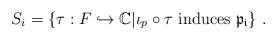
LaTeX: \begin{align*}S_i=\{\tau: F\hookrightarrow \mathbb{C}|\iota_p\circ\tau\ \mathrm{induces}\ \mathfrak{p_i}\}\ .\end{align*}